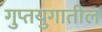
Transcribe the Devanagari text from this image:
गुप्तयुगातील